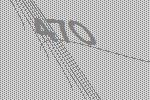
470